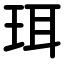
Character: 珥